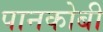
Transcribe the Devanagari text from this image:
पानकोबी